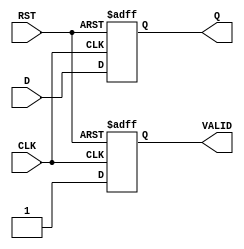
module OutputRegister #(parameter WIDTH = 8) (
    input wire [WIDTH-1:0] D,      // Data Input
    input wire CLK,                 // Clock Signal
    input wire RST,                 // Reset Signal
    output reg [WIDTH-1:0] Q,       // Data Output
    output reg VALID                // Output Valid Signal
);

// Synchronous Reset
always @(posedge CLK or posedge RST) begin
    if (RST) begin
        Q <= {WIDTH{1'b0}};         // Clear the register to 0
        VALID <= 1'b0;              // Invalid output on reset
    end else begin
        Q <= D;                     // Capture data input
        VALID <= 1'b1;              // Mark output as valid
    end
end

endmodule